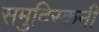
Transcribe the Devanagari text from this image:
समुदिरकनी